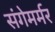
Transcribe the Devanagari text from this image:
संगेमर्मर